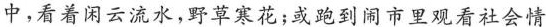
中，看着闲云流水，野草寒花；或跑到州市里观看社会情